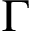
\Gamma